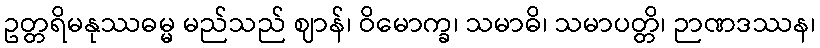
ဥတ္တရိမနုဿဓမ္မ မည်သည် ဈာန်၊ ဝိမောက္ခ၊ သမာဓိ၊ သမာပတ္တိ၊ ဉာဏဒဿန၊